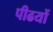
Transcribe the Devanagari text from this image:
पीढयों